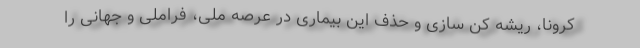
کرونا، ریشه کن سازی و حذف این بیماری در عرصه ملی، فراملی و جهانی را